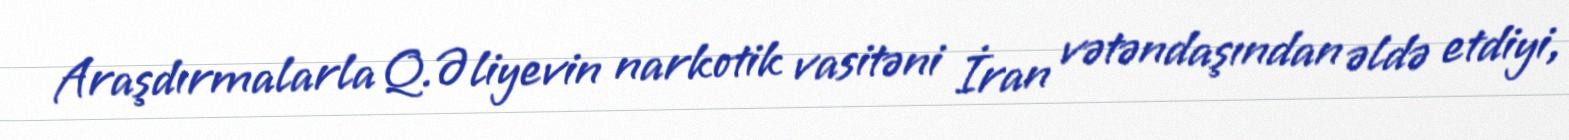
Araşdırmalarla Q.Əliyevin narkotik vasitəni İran vətəndaşından əldə etdiyi,